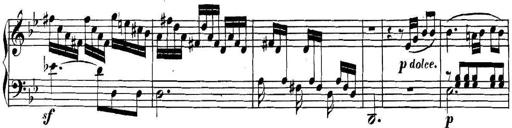
Title: Collected Piano Sonatas
Composer: Muzio Clementi